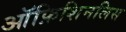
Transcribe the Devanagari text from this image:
ऑफ़िशिनलिस